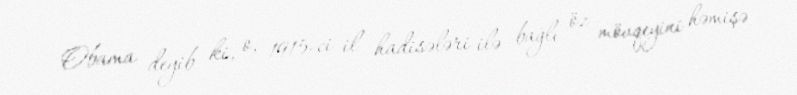
Obama deyib ki, o, 1915-ci il hadisələri ilə bağlı öz mövqeyini həmişə